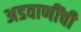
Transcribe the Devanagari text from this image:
अडवाणींची